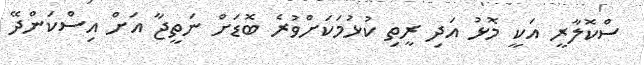
ސްކޮލާރީ އަކީ މޮޅު އަދި ރީތި ކުޅުމަކަށްވުރެ ބޮޑަށް ނަތީޖާ އަށް އިސްކަންދޭ